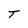
Character: T